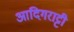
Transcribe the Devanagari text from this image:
आदिगराट्टी